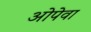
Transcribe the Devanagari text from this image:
ओपेवा